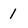
Character: l